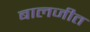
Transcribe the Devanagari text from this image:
बालजीत